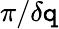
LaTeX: \pi/\delta\mathtt{q}